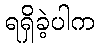
ရရှိခဲ့ပါက